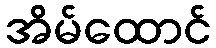
အိမ်ထောင်